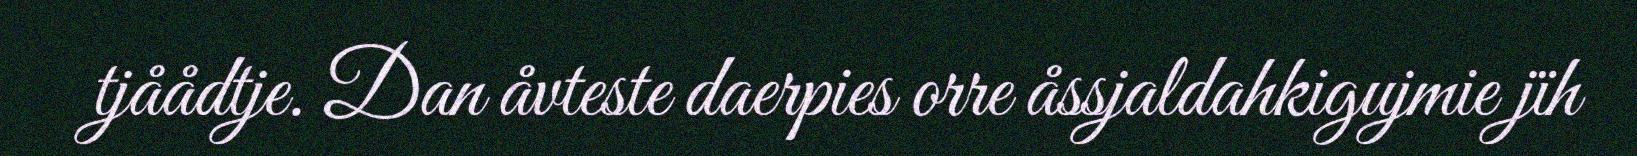
tjåådtje. Dan åvteste daerpies orre åssjaldahkigujmie jïh